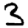
Digit: 3